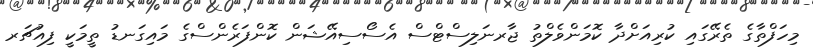
މިހަފްތާގެ ތެރޭގައި ކުރިއަށްދާ ކޮމަންވެލްތު ޖާރނަލިސްޓްސް އެސޯސިއޭޝަން ކޮންފަރެންސްގެ މައިގަނޑު ތީމަކީ ފިއުޗަރ